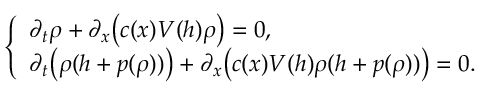
\left\{ \begin{array} { l l } { \partial _ { t } \rho + \partial _ { x } \bigl ( c ( x ) V ( h ) \rho \bigr ) = 0 , } \\ { \partial _ { t } \bigl ( \rho ( h + p ( \rho ) ) \bigr ) + \partial _ { x } \bigl ( c ( x ) V ( h ) \rho ( h + p ( \rho ) ) \bigr ) = 0 . } \end{array} \right.